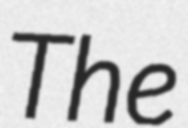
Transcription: The